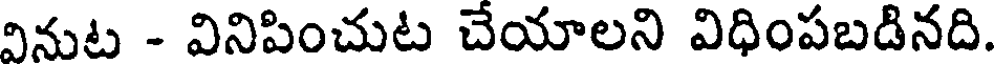
వినుట - వినిపించుట చేయాలని విధింపబడినది.